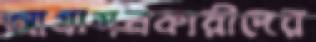
আগ্রাসনকারীদের